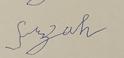
Signature authenticity: forged